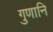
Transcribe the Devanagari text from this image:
गुणानि